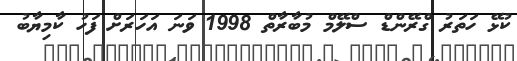
ކުޅޭ ހަތަރު ގްރޭންޑް ސްލޭމް މުބާރާތް 1998 ވަަނަ އަހަރަށް ފަހު ކާމިޔާބު